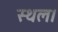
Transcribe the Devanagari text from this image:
स्‍थल।